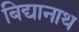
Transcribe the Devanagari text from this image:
बिद्यानाथ